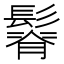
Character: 𩮦